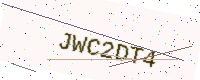
Text: JWC2DT4